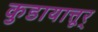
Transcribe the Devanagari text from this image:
कुडायात्तूर्